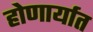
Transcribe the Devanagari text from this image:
होणार्यात